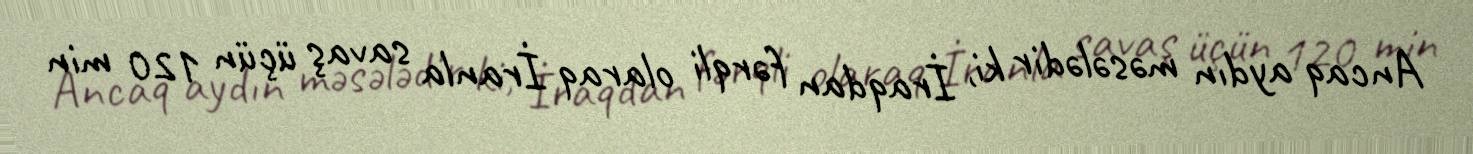
Ancaq aydın məsələdir ki, İraqdan fərqli olaraq İranla savaş üçün 120 min